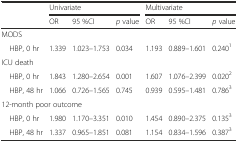
<table><thead><tr><td rowspan="2"></td><td colspan="3"><b>Univariate</b></td><td colspan="3"><b>Multivariate</b></td></tr><tr><td><b>OR</b></td><td><b>95 %CI</b></td><td><b><i>p</i> value</b></td><td><b>OR</b></td><td><b>95 %CI</b></td><td><b><i>p</i> value</b></td></tr></thead><tbody><tr><td colspan="7">MODS</td></tr><tr><td> HBP, 0 hr</td><td>1.339</td><td>1.023–1.753</td><td>0.034</td><td>1.193</td><td>0.889–1.601</td><td>0.240<sup>1</sup></td></tr><tr><td colspan="7">ICU death</td></tr><tr><td> HBP, 0 hr</td><td>1.843</td><td>1.280–2.654</td><td>0.001</td><td>1.607</td><td>1.076–2.399</td><td>0.020<sup>2</sup></td></tr><tr><td> HBP, 48 hr</td><td>1.066</td><td>0.726–1.565</td><td>0.745</td><td>0.939</td><td>0.595–1.481</td><td>0.786<sup>3</sup></td></tr><tr><td colspan="7">12-month poor outcome</td></tr><tr><td> HBP, 0 hr</td><td>1.980</td><td>1.170–3.351</td><td>0.010</td><td>1.454</td><td>0.890–2.375</td><td>0.135<sup>3</sup></td></tr><tr><td> HBP, 48 hr</td><td>1.337</td><td>0.965–1.851</td><td>0.081</td><td>1.154</td><td>0.834–1.596</td><td>0.387<sup>3</sup></td></tr></tbody></table>